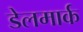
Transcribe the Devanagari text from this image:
डेलमार्क